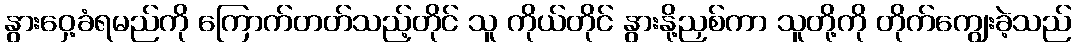
နွားဝှေ့ခံရမည်ကို ကြောက်တတ်သည့်တိုင် သူ ကိုယ်တိုင် နွားနို့ညှစ်ကာ သူတို့ကို တိုက်ကျွေးခဲ့သည်